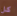
كل